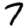
Digit: 7